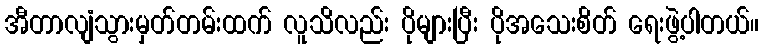
အီတာလျံသွားမှတ်တမ်းထက် လူသိလည်း ပိုများပြီး ပိုအသေးစိတ် ရေးဖွဲ့ပါတယ်။